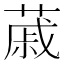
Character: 𦸗